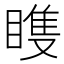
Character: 𬑠